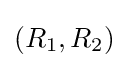
(R_{1},R_{2})